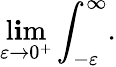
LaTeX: \operatorname*{l\mathbf{i}m}_{\varepsilon\rightarrow0^{+}}\int_{-\varepsilon}^{\infty}.